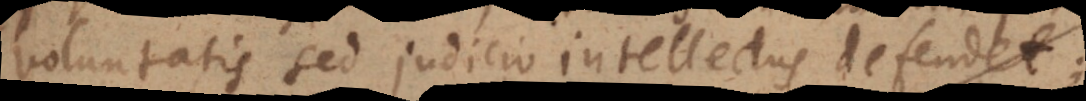
voluntatis sed judicio intellectus defendet;